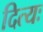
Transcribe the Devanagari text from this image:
दित्यः